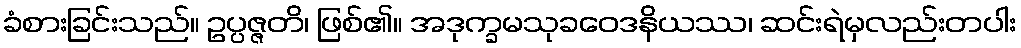
ခံစားခြင်းသည်။ ဥပ္ပဇ္ဇတိ၊ ဖြစ်၏။ အဒုက္ခမသုခဝေဒနိယဿ၊ ဆင်းရဲမှလည်းတပါး